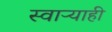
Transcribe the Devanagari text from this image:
स्वाऱ्याही